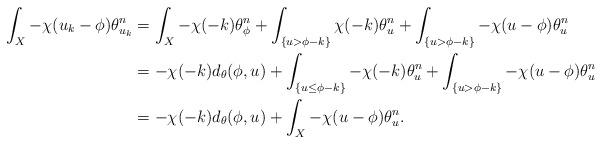
LaTeX: \begin{align*}\int_X-\chi(u_{k}-\phi)\theta_{u_{k}}^n&=\int_X-\chi(-k)\theta_{\phi}^n+\int_{\{u>\phi-k\}}\chi(-k)\theta_{u}^n+\int_{\{u>\phi-k\}}-\chi(u-\phi)\theta_{u}^n\\&=-\chi(-k)d_{\theta}(\phi, u)+\int_{\{u\leq\phi-k\}}-\chi(-k)\theta_{u}^n+\int_{\{u>\phi-k\}}-\chi(u-\phi)\theta_{u}^n\\&=-\chi(-k)d_{\theta}(\phi, u)+\int_{X}-\chi(u-\phi)\theta_{u}^n.\end{align*}